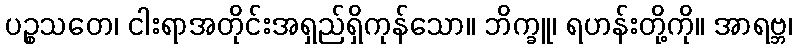
ပဉ္စသတေ၊ ငါးရာအတိုင်းအရှည်ရှိကုန်သော။ ဘိက္ခူ၊ ရဟန်းတို့ကို။ အာရဗ္ဘ၊